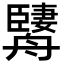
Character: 𦪱